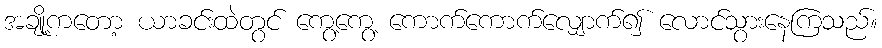
အချို့ကတော့ ယာခင်းထဲတွင် ကွေ့ကွေ့ ကောက်ကောက်လျှောက်၍ လောင်သွားနေကြသည်။